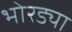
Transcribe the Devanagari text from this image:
भोरड्या